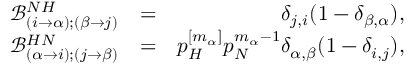
\begin{array} { r l r } { \mathcal { B } _ { ( i \to \alpha ) ; ( \beta \to j ) } ^ { N H } } & { = } & { \delta _ { j , i } ( 1 - \delta _ { \beta , \alpha } ) , } \\ { \mathcal { B } _ { ( \alpha \to i ) ; ( j \to \beta ) } ^ { H N } } & { = } & { p _ { H } ^ { [ m _ { \alpha } ] } p _ { N } ^ { m _ { \alpha } - 1 } \delta _ { \alpha , \beta } ( 1 - \delta _ { i , j } ) , } \end{array}